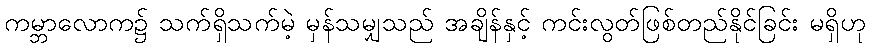
ကမ္ဘာလောက၌ သက်ရှိသက်မဲ့ မှန်သမျှသည် အချိန်နှင့် ကင်းလွတ်ဖြစ်တည်နိုင်ခြင်း မရှိဟု